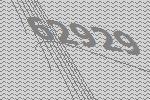
62929